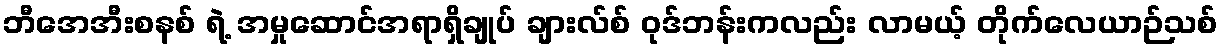
ဘီအေအီးစနစ် ရဲ့ အမှုဆောင်အရာရှိချုပ် ချားလ်စ် ဝုဒ်ဘန်းကလည်း လာမယ့် တိုက်လေယာဉ်သစ်